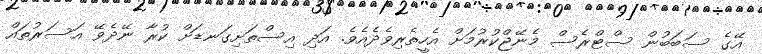
އޭގެ ސަބަބުން ސްޓްރެސް މެނޭޖްކުރުމަށް އެހީތެރިވެދެއެވެ. އަދި އިސްތަށިގަނޑަށް ކުރާ ނޭދެވޭ އަސަރުތައް